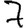
Digit: 7